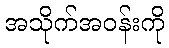
အသိုက်အဝန်းကို